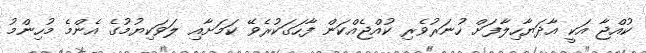
ކުއްޖާ އަކީ އާދަޔާހިލާފަށް ހުނަރުވެރި ކުއްޖެއްކަން ފާހަގަކުރެވޭ ކަމަށާއި ލަވަކިޔުމުގެ އެންމެ މުހިންމު